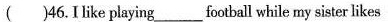
( )46.Ilike playing___football while my sister likes